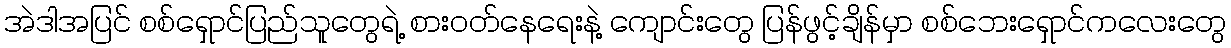
အဲဒါအပြင် စစ်ရှောင်ပြည်သူတွေရဲ့ စားဝတ်နေရေးနဲ့ ကျောင်းတွေ ပြန်ဖွင့်ချိန်မှာ စစ်ဘေးရှောင်ကလေးတွေ